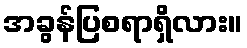
အခွန်ပြစရာရှိလား။